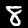
Digit: 8